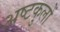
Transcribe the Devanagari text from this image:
अष्टकुलों